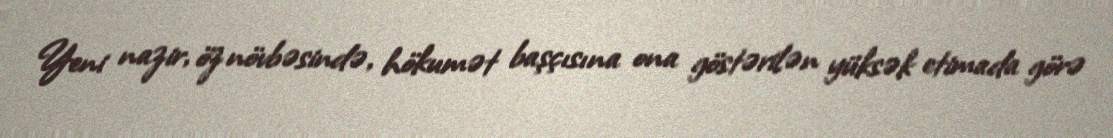
Yeni nazir, öz növbəsində, hökumət başçısına ona göstərilən yüksək etimada görə